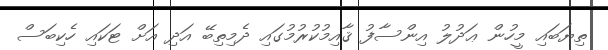
ތިޔަބައި މީހުން ޢަދުލު އިންސާފު ޤާއިމުކުރުމުގައި ދެމިތިބޭ އަދި އަށް ޓަކައި ހެކިބަސް